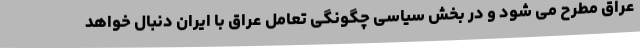
عراق مطرح می شود و در بخش سیاسی چگونگی تعامل عراق با ایران دنبال خواهد